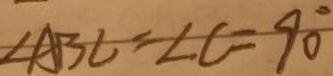
\angle A B C = \angle C = 9 0 ^ { \circ }